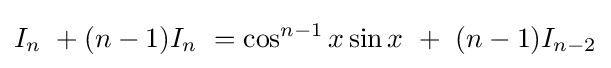
I_{n}\ +(n-1)I_{n}\ =\cos ^{n-1}x\sin x\ +\ (n-1)I_{n-2}